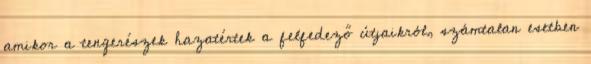
amikor a tengerészek hazatértek a felfedező útjaikról, számtalan esetben